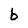
Character: b